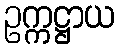
ဥက္ကဋ္ဌာယ